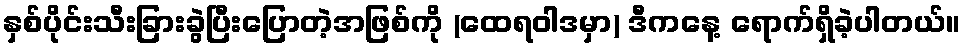
နှစ်ပိုင်းသီးခြားခွဲပြီးပြောတဲ့အဖြစ်ကို (ထေရဝါဒမှာ) ဒီကနေ့ ရောက်ရှိခဲ့ပါတယ်။